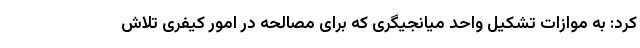
کرد: به موازات تشکیل واحد میانجیگری که برای مصالحه در امور کیفری تلاش